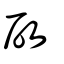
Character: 啟